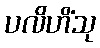
ပလိဟိံသု